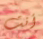
أنت